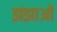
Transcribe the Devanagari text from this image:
झंझाओं